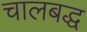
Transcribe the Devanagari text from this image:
चालबद्ध